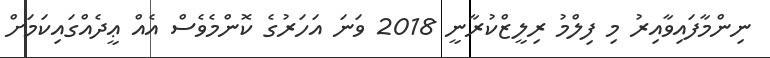
ނިންމާފައިވާއިރު މި ފިލްމު ރިލީޒްކުރާނީ 2018 ވަނަ އަހަރުގެ ކޮންމެވެސް އެއް ޢީދެއްގައިކަމަށް